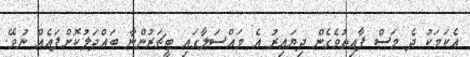
އެކަމަކު ދެ މަސް ފާއިތުވެގެން ދިޔައިރު އެ މައްސަލާގައި ޓީޗަރުންނާ ބައްދަލުކޮށްފައެއް ނުވޭ.